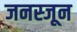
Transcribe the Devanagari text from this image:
जनस्जून